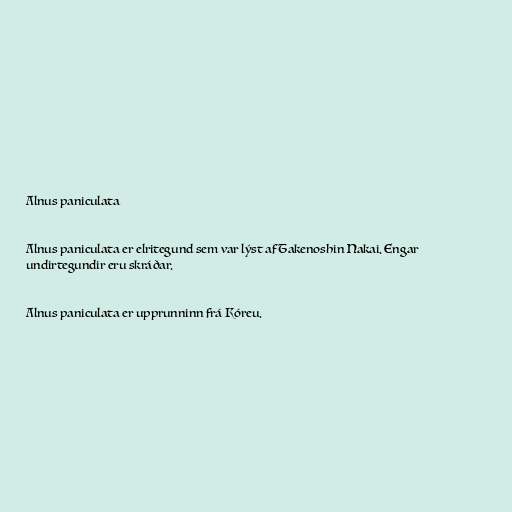
Alnus paniculata

Alnus paniculata er elritegund sem var lýst af Takenoshin Nakai. Engar
undirtegundir eru skráðar.

Alnus paniculata er upprunninn frá Kóreu.